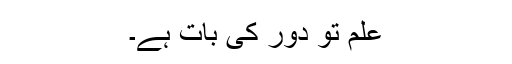
علم تو دور کی بات ہے۔